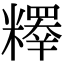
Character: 𥽉